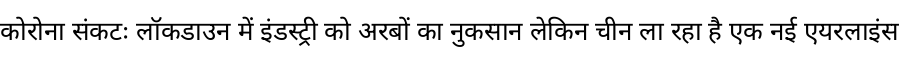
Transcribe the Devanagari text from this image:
कोरोना संकटः लॉकडाउन में इंडस्ट्री को अरबों का नुकसान लेकिन चीन ला रहा है एक नई एयरलाइंस